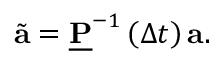
\tilde { \mathbf { a } } = \underline { { \mathbf { P } } } ^ { - 1 } \left( \Delta t \right) \mathbf { a } .